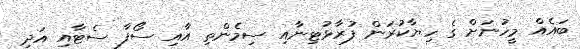
ބައެއް މީހުނަށް ގެ ހިޔާކުރަން ފުރާޅުޓިނާއި ސިމެންތި އާއި ސޯފާ ސެޓާއި އަދި